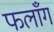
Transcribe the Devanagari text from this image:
फलाँग